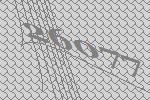
26077